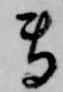
専